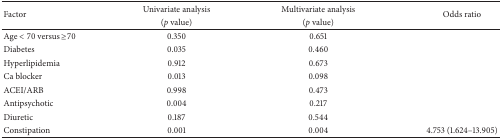
<table><thead><tr><td rowspan="2"><b>Factor</b></td><td><b>Univariate analysis</b></td><td><b>Multivariate analysis</b></td><td rowspan="2"><b>Odds ratio</b></td></tr><tr><td><b>(<i>p</i> value)</b></td><td><b>(<i>p</i> value)</b></td></tr></thead><tbody><tr><td>Age &lt; 70 versus ≥70</td><td>0.350</td><td>0.651</td><td> </td></tr><tr><td>Diabetes</td><td>0.035</td><td>0.460</td><td> </td></tr><tr><td>Hyperlipidemia</td><td>0.912</td><td>0.673</td><td> </td></tr><tr><td>Ca blocker</td><td>0.013</td><td>0.098</td><td> </td></tr><tr><td>ACEI/ARB</td><td>0.998</td><td>0.473</td><td> </td></tr><tr><td>Antipsychotic</td><td>0.004</td><td>0.217</td><td> </td></tr><tr><td>Diuretic</td><td>0.187</td><td>0.544</td><td> </td></tr><tr><td>Constipation</td><td>0.001</td><td>0.004</td><td>4.753 (1.624–13.905)</td></tr></tbody></table>